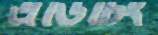
এডিটিং